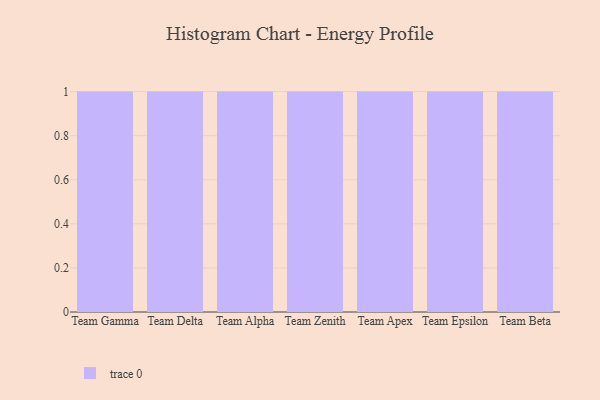
{"axis": {"x": "Team", "y": "Revenue (USD Million)"}, "legend": [""], "data": [{"x": "Team Gamma", "y": 14, "type": ""}, {"x": "Team Delta", "y": 9, "type": ""}, {"x": "Team Alpha", "y": 20, "type": ""}, {"x": "Team Zenith", "y": 59, "type": ""}, {"x": "Team Apex", "y": 88, "type": ""}, {"x": "Team Epsilon", "y": 45, "type": ""}, {"x": "Team Beta", "y": 67, "type": ""}]}